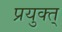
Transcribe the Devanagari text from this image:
प्रयुक्त्